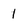
Character: 1